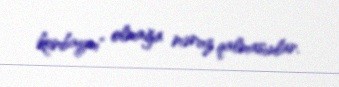
kombaynı" olmağa məruz qalmasınlar.